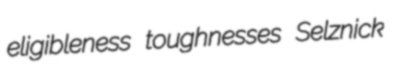
eligibleness toughnesses Selznick